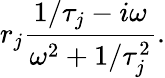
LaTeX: r_{j}\frac{1/\tau_{j}-i\omega}{\omega^{2}+1/\tau_{j}^{2}}.